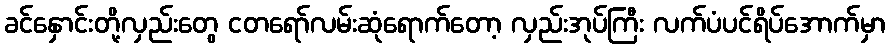
ခင်နှောင်းတို့လှည်းတွေ ငတရော်လမ်းဆုံရောက်တော့ လှည်းအုပ်ကြီး လက်ပံပင်ရိပ်အောက်မှာ